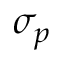
\sigma _ { p }